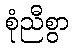
စုံညီစွာ